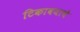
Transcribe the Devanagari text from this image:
टिकावयाचे